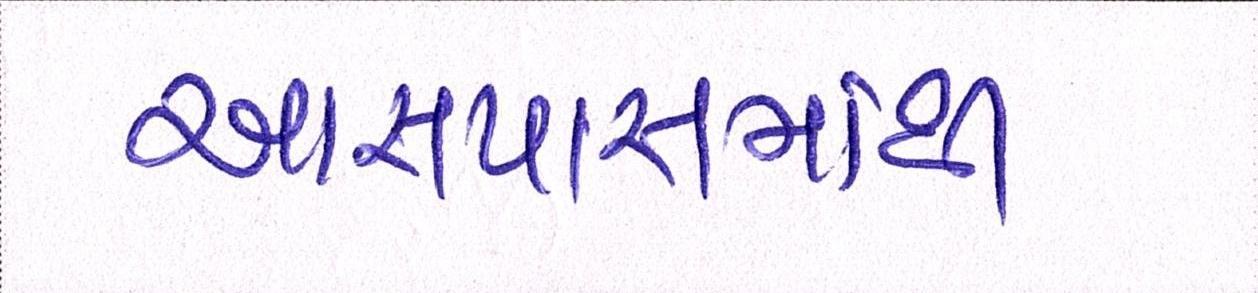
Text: આસપાસમાંથી